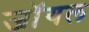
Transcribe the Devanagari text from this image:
जाॅयल